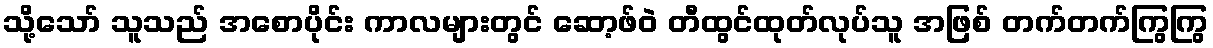
သို့သော် သူသည် အစောပိုင်း ကာလများတွင် ဆော့ဖ်ဝဲ တီထွင်ထုတ်လုပ်သူ အဖြစ် တက်တက်ကြွကြွ